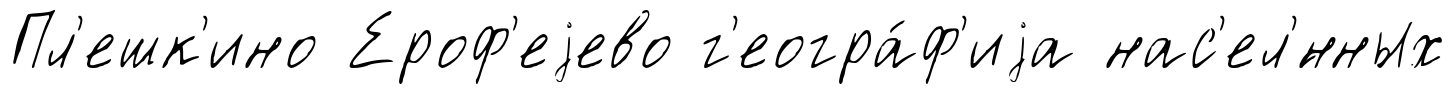
Пл'ешк'ино Ероф'еjево г'еогра́ф'иjа нас'ел'́нных